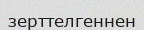
зерттелгеннен